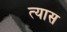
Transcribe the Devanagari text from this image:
त्‍यास